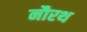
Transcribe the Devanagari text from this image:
नौरथ